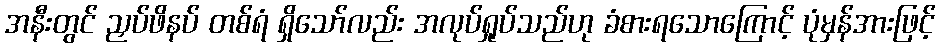
အနီးတွင် ညှပ်ဖိနပ် တစ်ရံ ရှိသော်လည်း အလုပ်ရှုပ်သည်ဟု ခံစားရသောကြောင့် ပုံမှန်အားဖြင့်